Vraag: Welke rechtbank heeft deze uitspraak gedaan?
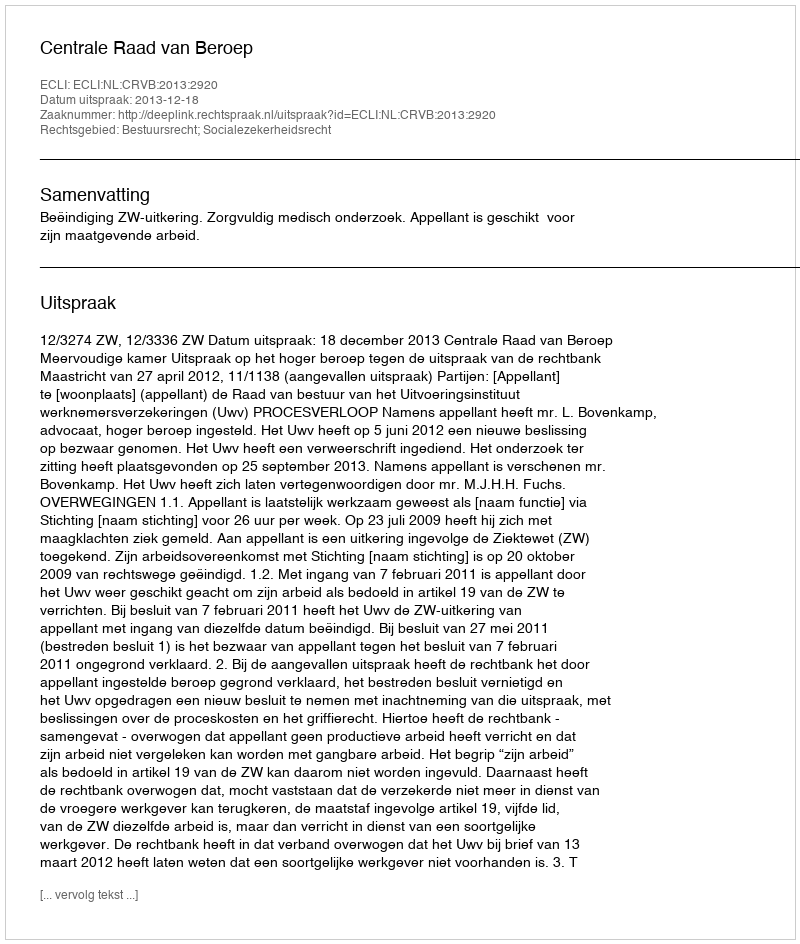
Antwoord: Centrale Raad van Beroep